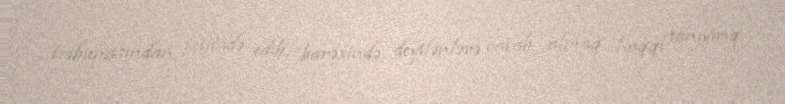
tribunasından istifadə edib, barəsində deyilənlərə cavab almaq haqqı tanıyırıq.